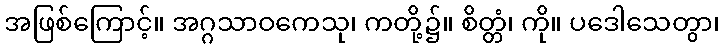
အဖြစ်ကြောင့်။ အဂ္ဂသာဝကေသု၊ ကတို့၌။ စိတ္တံ၊ ကို။ ပဒေါသေတွာ၊